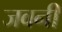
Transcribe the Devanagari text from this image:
जवनी